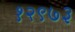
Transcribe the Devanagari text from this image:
१२९७३